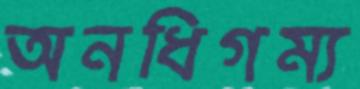
অনধিগম্য